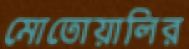
মোতোয়ালির